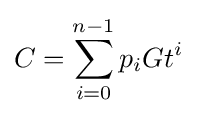
C=\sum _{i=0}^{n-1}p_{i}Gt^{i}